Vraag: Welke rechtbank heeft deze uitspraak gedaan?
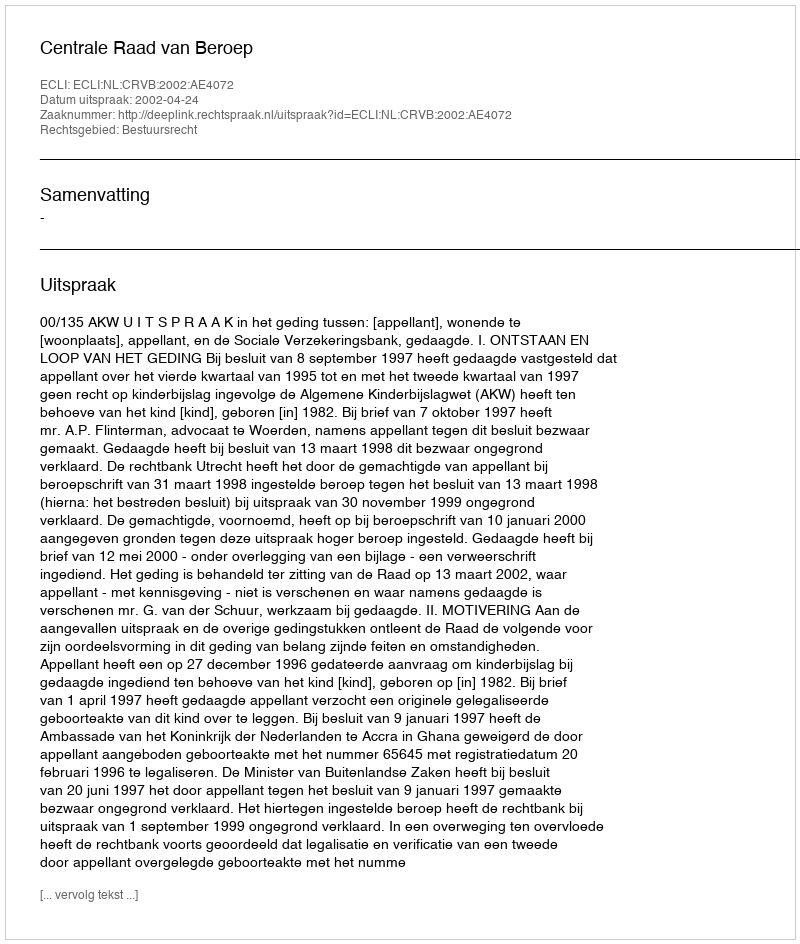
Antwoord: Centrale Raad van Beroep